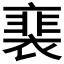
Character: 𧜏